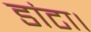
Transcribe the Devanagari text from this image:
डांटा।